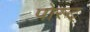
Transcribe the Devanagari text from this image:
पोस्ट्